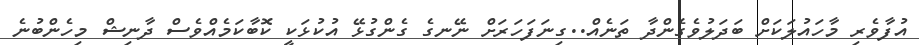
އުފާވެރި މާހައުލަކަށް ބަދަލުވެގެންދާ ތަނެއް..ގިނަފަހަރަށް ނޭނގެ ގެންގުޅޭ އުކުޅަކީީ ކޮބާކަމެއްވެސް ދާނިޝް މިހެންބުނެ